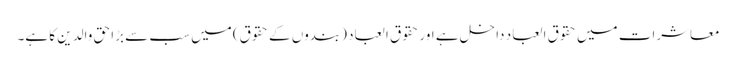
معاشرات میں حقوق العباد داخل ہے اور حقوق العباد (بندوں کے حقوق) میں سب سے بڑا حق والدین کا ہے۔